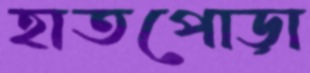
হাতপোড়া